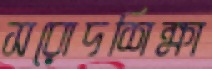
সরোদশিক্ষা